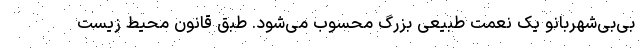
بی‌بی‌شهربانو یک نعمت طبیعی بزرگ محسوب می‌شود. طبق قانون محیط‌ زیست